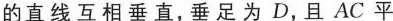
的直线互相垂直，垂足为D，且AC平